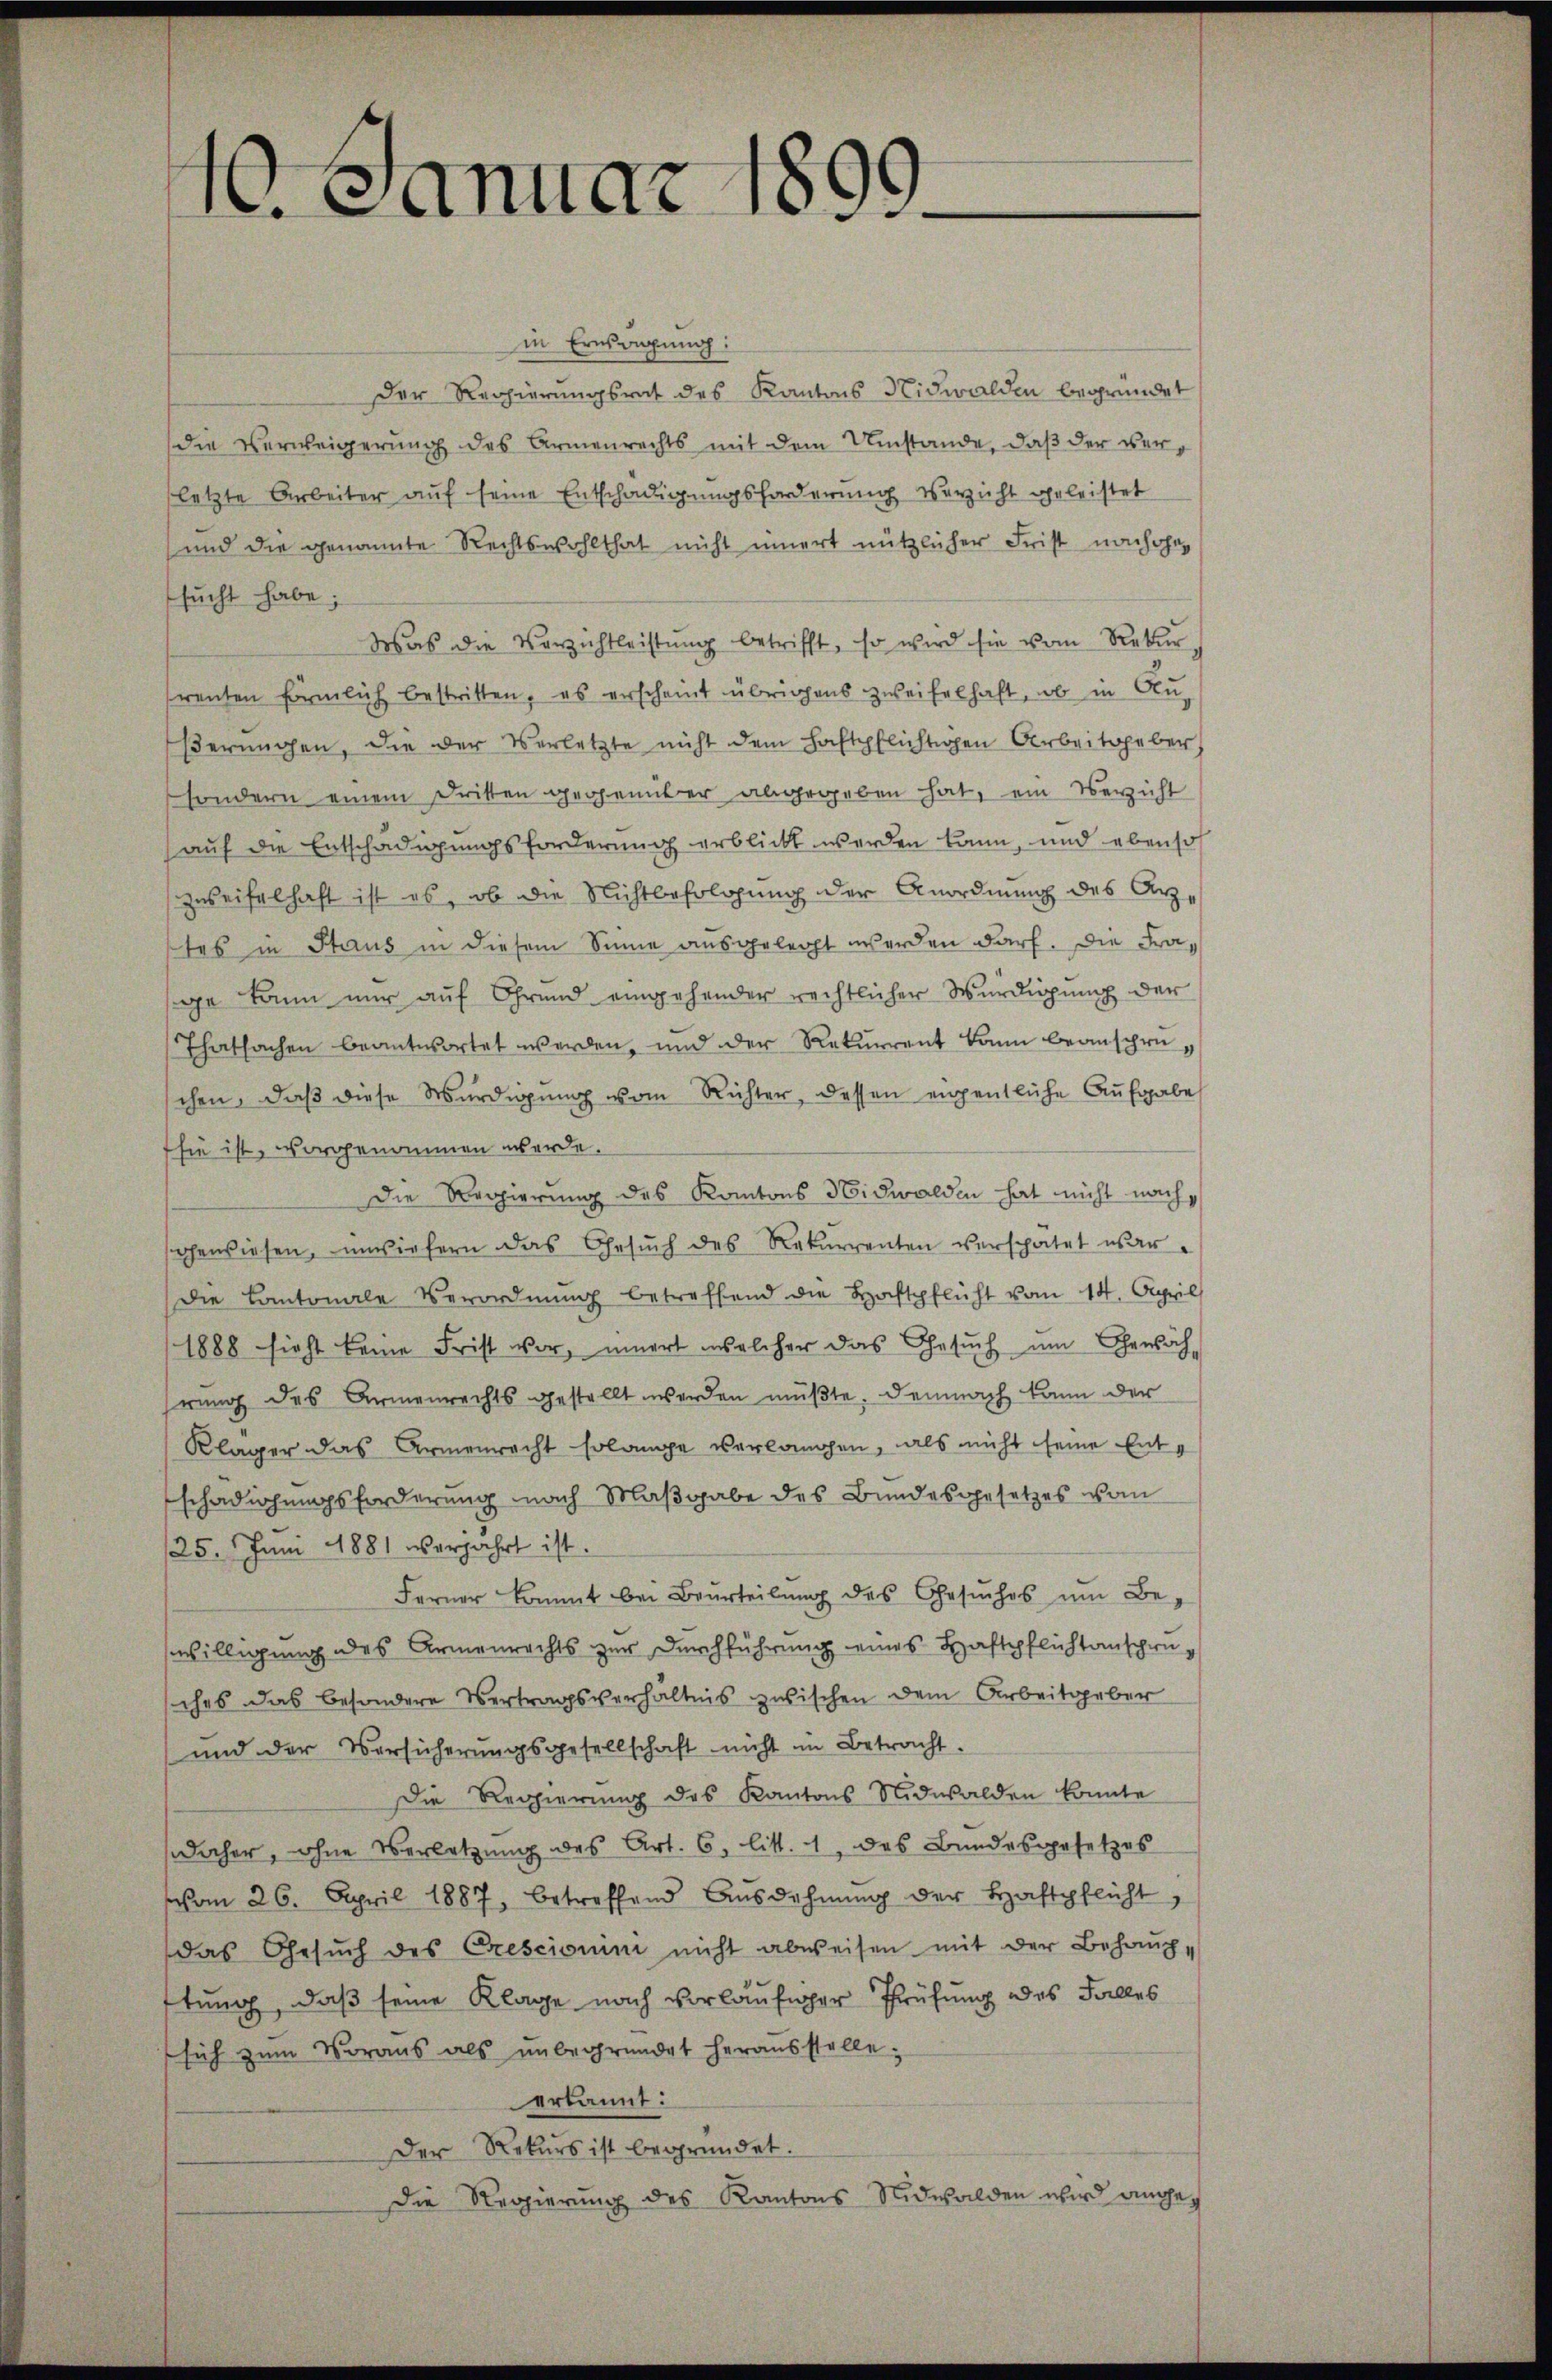
1. Januar 18
6

in Ernsregung:
Der Regierungsrat des Kantons Nidwalden begründet
Die Verweigerung des Armenrechts mit dem Umstände, daß der verletzte Arbeiter auf seine Entschädigungsforderung verzicht geleistet
und die genannte Rechtswohlthat nicht innert nützlicher Frist non hohe
sŭcht habe;
Was die Verzichtleistŭng betrifft, so wird sie vom Rekŭr
renten förmlich bestritten, es erscheint übrigens zweifelhaft, wo in Alu-
βerŭngen, die der Verletzte nicht dem Haftpflichtigen Arbeitsgeber,
sondern einem Dritten gegenüber abgegeben hat, ein Verzicht
auf die Entschädigungsforderung erblickt werden kann, und ebenso
zweifelhaft ist es, ob die Nichtbefolgung der Anordnung des Arztes in Staus in diesem Sinne ausgelegt werden darf. Die Frage kann nur auf Grund eingehender rechtlicher Würdigung der
Thatsachen beantwortet werden, und der Rekurrent kann beansprüchen, daß diese Würdigung vom Richter, dessen eigentliche Aufgabe
sie ist, vorgenommen werde.
Die Regierung des Kantons Nidwalden hat nicht nachgewiesen, inwiefern das Gesŭch des Rekurrenten verspätet war.
Die Kantonale Verordnŭng betreffend die Haftpflicht vom 14. April
1888 sieht keine Frist vor, innert welcher das Gesŭch ŭm Gewäch
rung des Armenrechts gestellt werden müßte. Demnach kann der
Kläger das Armenrecht solange verlangen, als nicht seine Entschädigungsforderung nach Maßgabe des Bundesgesetzes vom
25. Juni 1881 verjährt ist.
Ferner kommt bei Beurteilŭng des Gesŭches ŭm Be-
willigung des Armenrechts zur Durchführung eines Haftpflichtanschwesches das besondere Vertragsverhältnis zwischen dem Arbeitgeber
und der Versicherungsgesellschaft nicht in Betracht,
Die Regierung des Kantons Nidwalden konnte
daher, ohne Verletzung des Art. 6, litt. 1, das Bundesgesetzes
vom 26. April 1887, betreffend Ausdehnŭng der Haftpflicht,
das Gesŭch des Cresciorum nicht abweisen mit der Behauptung, daß seine Klage nach vorläufiger Prüfung des Falles
sich zum Voraus als ŭnbegründet heraŭsstelle;
erkannt:
Der Rekurs ist begründet.
Die Regierung des Kantons Nidwalden wird ange¬